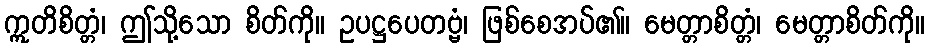
ဣတိစိတ္တံ၊ ဤသို့သော စိတ်ကို။ ဥပဋ္ဌပေတဗ္ဗံ၊ ဖြစ်စေအပ်၏။ မေတ္တာစိတ္တံ၊ မေတ္တာစိတ်ကို။